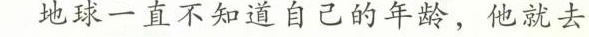
地球一直不知道自己的年龄，他就去